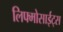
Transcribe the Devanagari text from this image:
लिफ्मोसाईट्स